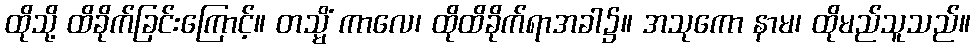
ထိုသို့ ထိခိုက်ခြင်းကြောင့်။ တသ္မိံ ကာလေ၊ ထိုထိခိုက်ရာအခါ၌။ အသုကော နာမ၊ ထိုမည်သူသည်။